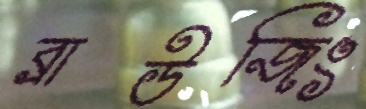
ব্রাউজিং